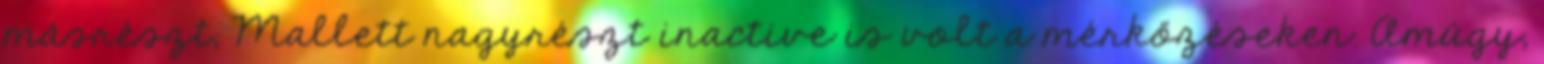
másrészt, Mallett nagyrészt inactive is volt a mérkőzéseken. Amúgy,